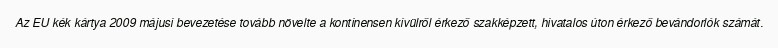
Az EU kék kártya 2009 májusi bevezetése tovább növelte a kontinensen kívülről érkező szakképzett, hivatalos úton érkező bevándorlók számát.